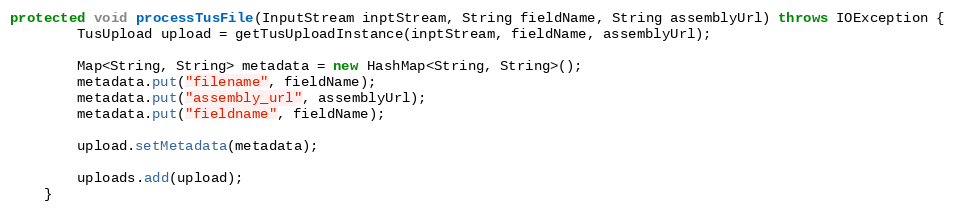
Language: Java
protected void processTusFile(InputStream inptStream, String fieldName, String assemblyUrl) throws IOException {
        TusUpload upload = getTusUploadInstance(inptStream, fieldName, assemblyUrl);

        Map<String, String> metadata = new HashMap<String, String>();
        metadata.put("filename", fieldName);
        metadata.put("assembly_url", assemblyUrl);
        metadata.put("fieldname", fieldName);

        upload.setMetadata(metadata);

        uploads.add(upload);
    }